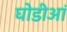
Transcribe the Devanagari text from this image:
घोडीआं